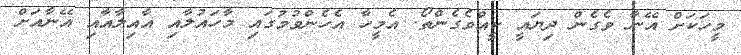
މީހަކަށް އޭނާ ވެގެން ދިޔައީ ކީއްވެގެންތޯ. އެމީހާ އެހެންވުމުގައި މާހައުލާއި އާއިލާއާއި އޭނާއަށް